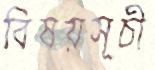
বিষয়সূচী